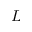
L